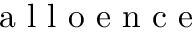
\mathrm { ~ a ~ l ~ l ~ o ~ e ~ n ~ c ~ e ~ }